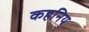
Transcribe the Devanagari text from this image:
कहनिय